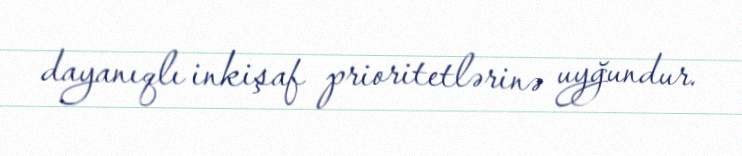
dayanıqlı inkişaf prioritetlərinə uyğundur.